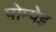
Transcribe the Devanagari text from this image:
पोम्पेइ